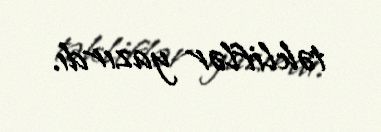
təkliflər yazırdı.